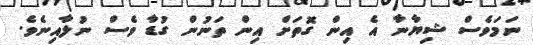
ނަމަވެސް ޝިޔާނާ އެ އިން ގޮތަށް އިން ތަނުން ގުޑާ ވެސް ނުލާއިނެވެ.